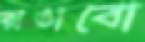
রাঙাবো